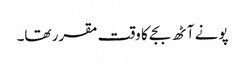
پونے آٹھ بجے کا وقت مقرر تھا۔